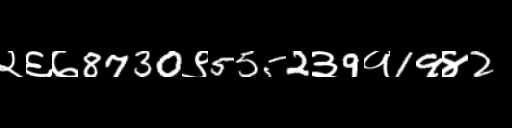
Text: २६७8730९5552३9१19४2